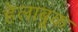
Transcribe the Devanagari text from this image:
हेलाबूक